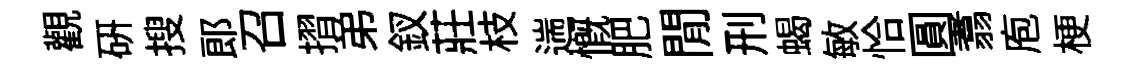
觀硏搜郎召摺弟釵莊枝遄慨肥閒刑蝎敏恰圓翥庖梗